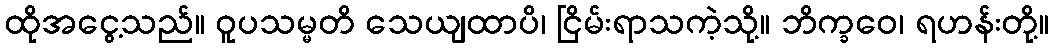
ထိုအငွေ့သည်။ ဝူပသမ္မတိ သေယျထာပိ၊ ငြိမ်းရာသကဲ့သို့။ ဘိက္ခဝေ၊ ရဟန်းတို့။